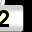
Digit: 2